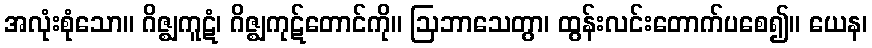
အလုံးစုံသော။ ဂိဇ္ဈကူဋံ၊ ဂိဇ္ဈကုဋ်တောင်ကို။ ဩဘာသေတွာ၊ ထွန်းလင်းတောက်ပစေ၍။ ယေန၊